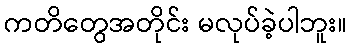
ကတိတွေအတိုင်း မလုပ်ခဲ့ပါဘူး။